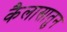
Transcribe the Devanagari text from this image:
कैलासातुन